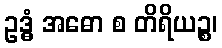
ဥဒ္ဓံ အဓော စ တိရိယဉ္စ၊